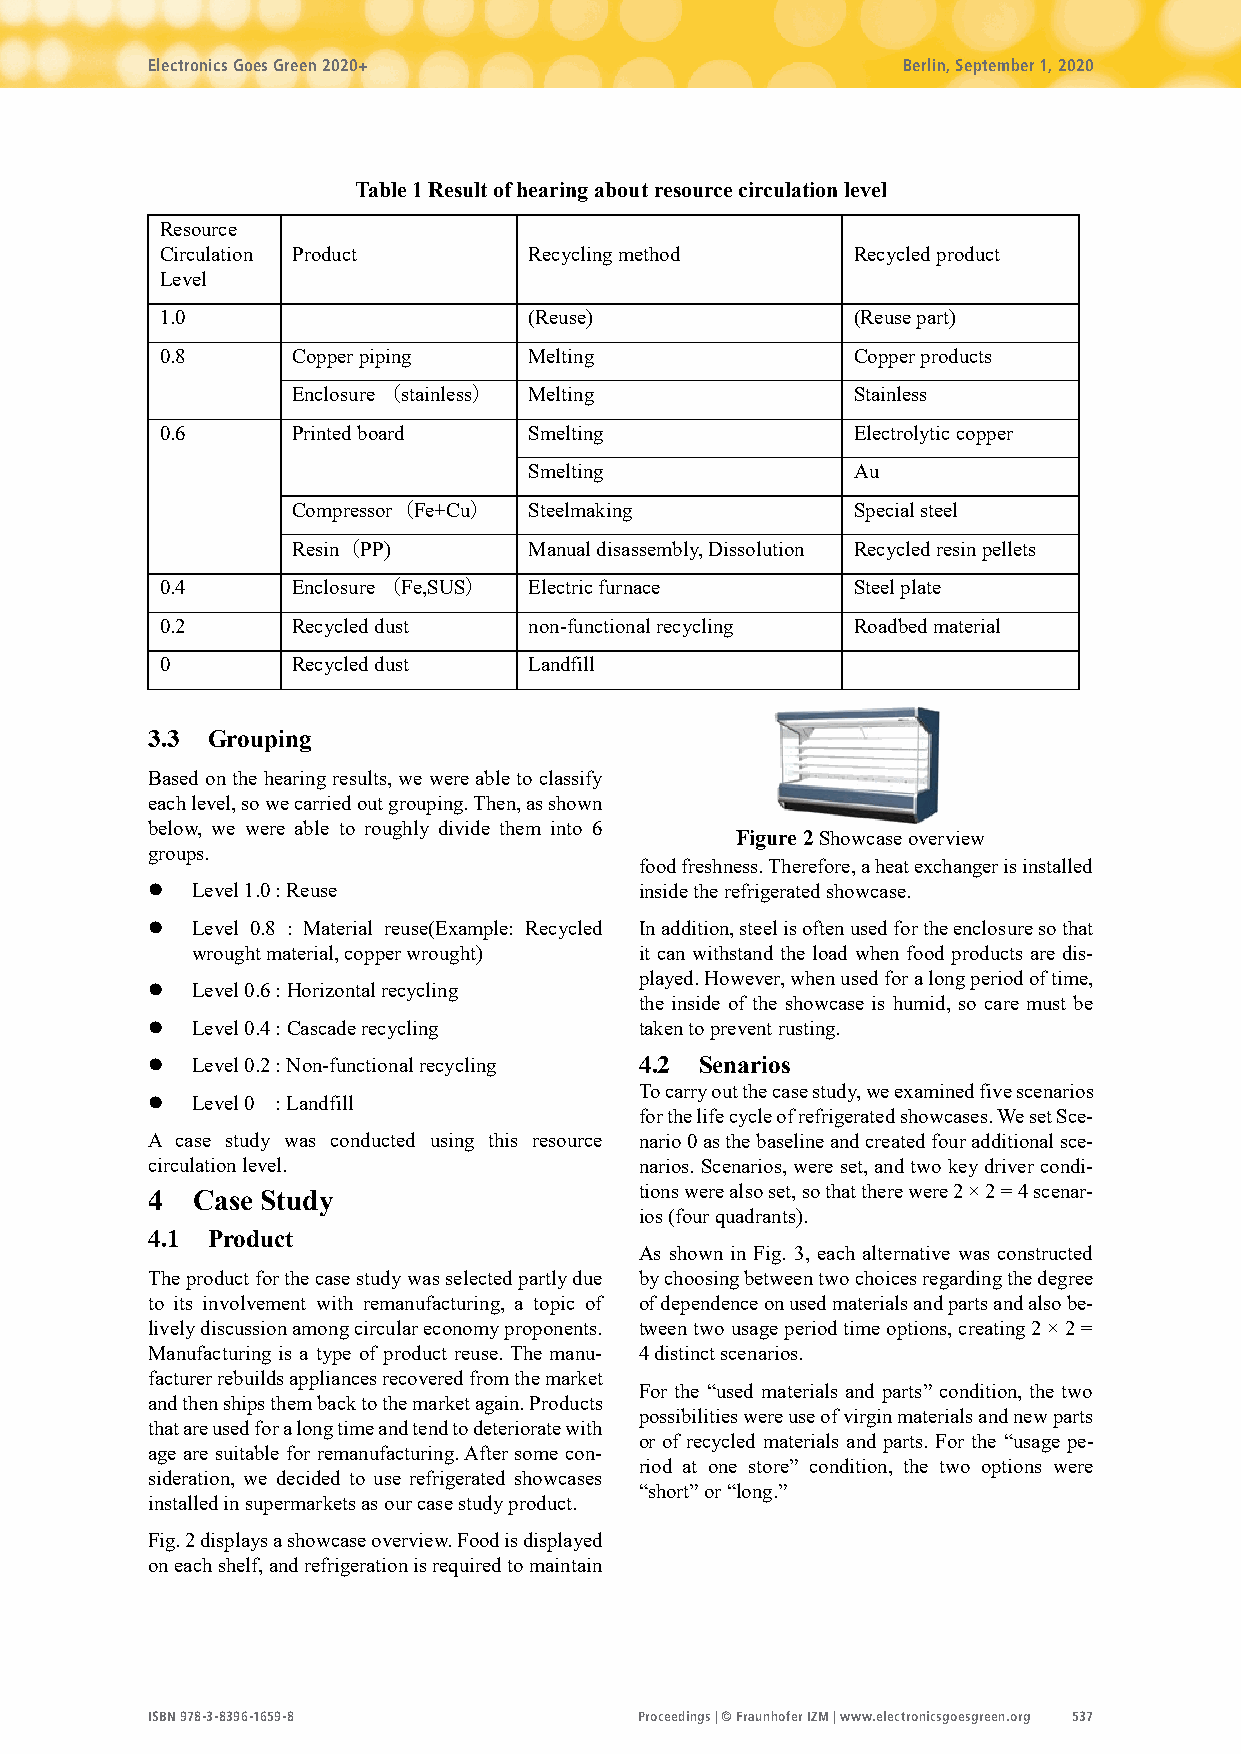
Electronics Goes Green 2020+                      Berlin, September 1, 2020
 Table 1 Result of hearing about resource circulation level
 Resource
 Circulation Product     Recycling method     Recycled product
 Level
 1.0                     (Reuse)              (Reuse part)
 0.8     Copper piping   Melting              Copper products
 Enclosure （stainless） Melting        Stainless
 0.6     Printed board   Smelting             Electrolytic copper
 Smelting             Au
 Compressor（Fe+Cu） Steelmaking        Special steel
 Resin（PP)       Manual disassembly, Dissolution Recycled resin pellets
 0.4     Enclosure （Fe,SUS） Electric furnace  Steel plate
 0.2     Recycled dust   non-functional recycling Roadbed material
 0       Recycled dust   Landfill
 3.3 Grouping
 Based on the hearing results, we were able to classify
 each level, so we carried out grouping. Then, as shown
 below, we were able to roughly divide them into 6
 Figure 2 Showcase overview
 groups.
 food freshness. Therefore, a heat exchanger is installed
   Level 1.0 : Reuse            inside the refrigerated showcase.
   Level 0.8 : Material reuse(Example: Recycled In addition, steel is often used for the enclosure so that
 wrought material, copper wrought) it can withstand the load when food products are dis-
 played. However, when used for a long period of time,
   Level 0.6 : Horizontal recycling
 the inside of the showcase is humid, so care must be
   Level 0.4 : Cascade recycling taken to prevent rusting.
   Level 0.2 : Non-functional recycling 4.2 Senarios
 To carry out the case study, we examined five scenarios
   Level 0 : Landfill
 for the life cycle of refrigerated showcases. We set Sce-
 A case study was conducted using this resource nario 0 as the baseline and created four additional sce-
 circulation level.              narios. Scenarios, were set, and two key driver condi-
 tions were also set, so that there were 2 × 2 = 4 scenar-
 4  Case Study
 ios (four quadrants).
 4.1 Product
 As shown in Fig. 3, each alternative was constructed
 The product for the case study was selected partly due by choosing between two choices regarding the degree
 to its involvement with remanufacturing, a topic of of dependence on used materials and parts and also be-
 lively discussion among circular economy proponents. tween two usage period time options, creating 2 × 2 =
 Manufacturing is a type of product reuse. The manu- 4 distinct scenarios.
 facturer rebuilds appliances recovered from the market
 For the “used materials and parts” condition, the two
 and then ships them back to the market again. Products
 possibilities were use of virgin materials and new parts
 that are used for a long time and tend to deteriorate with
 or of recycled materials and parts. For the “usage pe-
 age are suitable for remanufacturing. After some con-
 riod at one store” condition, the two options were
 sideration, we decided to use refrigerated showcases
 “short” or “long.”
 installed in supermarkets as our case study product.
 Fig. 2 displays a showcase overview. Food is displayed
 on each shelf, and refrigeration is required to maintain
 ISBN 978-3-8396-1659-8          Proceedings | © Fraunhofer IZM | www.electronicsgoesgreen.org 537